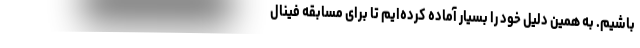
باشیم. به همین دلیل خود را بسیار آماده‌ کرده‌ایم تا برای مسابقه فینال